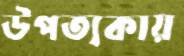
উপত্যকায়